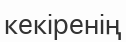
кекіренің